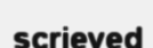
scrieved